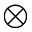
\otimes